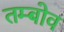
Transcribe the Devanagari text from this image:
तम्बोव